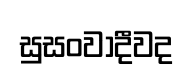
සුසංවාදීවද